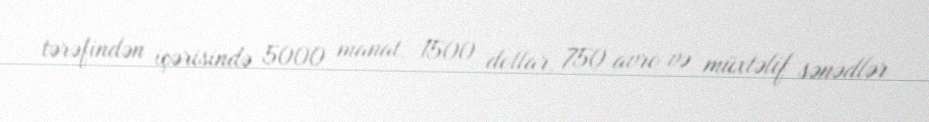
tərəfindən içərisində 5000 manat, 1500 dollar, 750 avro və müxtəlif sənədlər